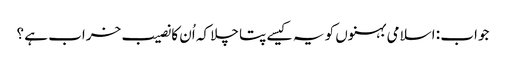
جواب : اسلامی بہنوں کو یہ کیسے پتا چلا کہ اُن کا نصیب خراب ہے ؟